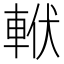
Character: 𨋩